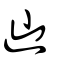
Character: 辿